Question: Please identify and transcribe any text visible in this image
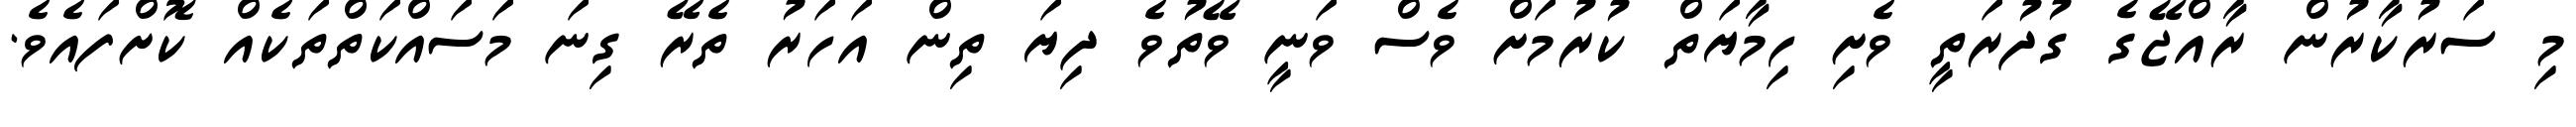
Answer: މި ސަރުކާރުން ރާއްޖޭގެ ގުދުރަތީ ވެށި ހިމާޔަތް ކުރުމަށް ވެސް ވަނީ ވޭތުވެ ދިޔަ ތިން އަހަރު ތެރޭ ގިނަ މަސައްކަތްތަކެއް ކޮށްފައެވެ.